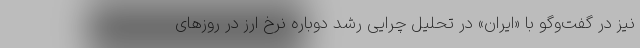
نیز در گفت‌و‌گو با «ایران» در تحلیل چرایی رشد دوباره نرخ ارز در روزهای